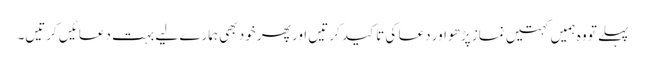
پہلے تو وہ ہمیں کہتیں نماز پڑھو اور دعا کی تاکید کرتیں اور پھر خود بھی ہمارے لیے بہت دعائیں کرتیں۔